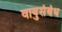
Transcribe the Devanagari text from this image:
वायुसंबंध